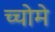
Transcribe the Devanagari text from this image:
च्चोमे